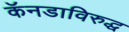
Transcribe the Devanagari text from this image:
कॅनडाविरुद्ध